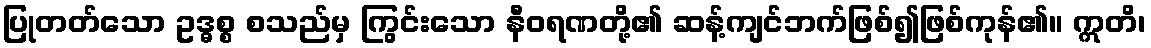
ပြုတတ်သော ဥဒ္ဓစ္စ စသည်မှ ကြွင်းသော နီဝရဏတို့၏ ဆန့်ကျင်ဘက်ဖြစ်၍ဖြစ်ကုန်၏။ ဣတိ၊